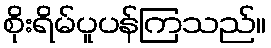
စိုးရိမ်ပူပန်ကြသည်။